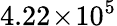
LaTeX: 4.22\! \times\! 10^{5}